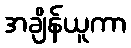
အချိန်ယူကာ